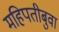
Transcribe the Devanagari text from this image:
महिपतीबुवा